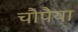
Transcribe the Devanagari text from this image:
चौपैया